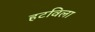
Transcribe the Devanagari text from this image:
हटविला